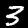
Digit: 3